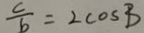
\frac { c } { b } = 2 \cos B